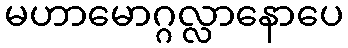
မဟာမောဂ္ဂလ္လာနောပေ